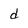
Character: d